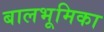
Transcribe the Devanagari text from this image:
बालभूमिका